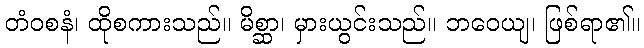
တံဝစနံ၊ ထိုစကားသည်။ မိစ္ဆာ၊ မှားယွင်းသည်။ ဘဝေယျ၊ ဖြစ်ရာ၏။